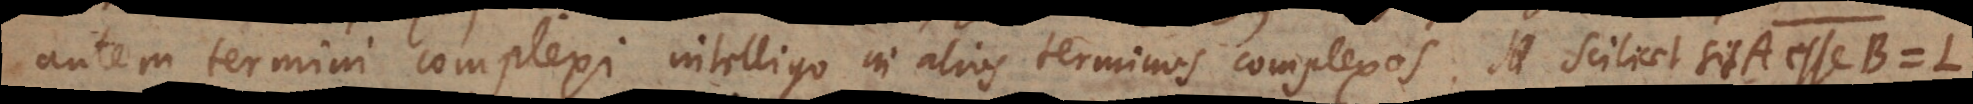
autem termini complexi intelligo in alios terminos complexos. Scilicet sit A esse B